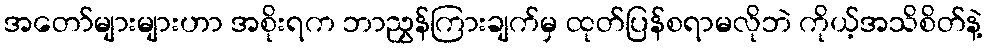
အတော်များများဟာ အစိုးရက ဘာညွှန်ကြားချက်မှ ထုတ်ပြန်စရာမလိုဘဲ ကိုယ့်အသိစိတ်နဲ့